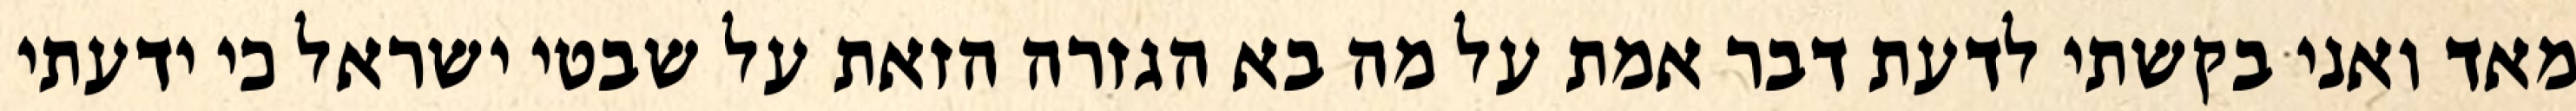
מאד ואני בקשתי לדעת דבר אמת על מה בא הגזרה הזאת על שבטי ישראל כי ידעתי